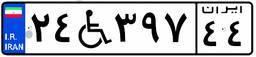
۲۴W۳۹۷۴۴